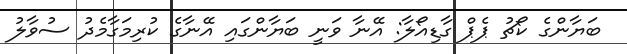
ބަޔާންގެ ކޯޗު ޕެޕް ގާޑިއޯލާ: އޭނާ ވަނީ ބަޔާންގައި އޭނާގެ ކުރިމަގާމެދު ސުވާލު